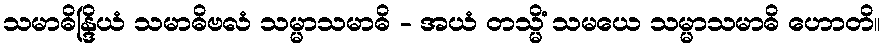
သမာဓိန္ဒြိယံ သမာဓိဗလံ သမ္မာသမာဓိ - အယံ တသ္မိံ သမယေ သမ္မာသမာဓိ ဟောတိ။